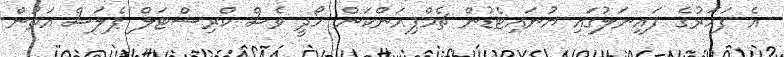
އެ ފަހަރުގެ ފައިނަލުގައި ޔުނައިޓެޑުން ޗެމްޕިއަންކަން ހޯދީ ވެސް ކްރިސްޓަލް ޕެލަސް އަތުން